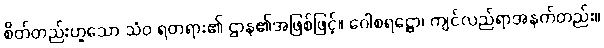
စိတ်တည်းဟူသော သံဝ ရတရား၏ ဌာန၏အဖြစ်ဖြင့်။ ဂေါစရဋ္ဌော၊ ကျင်လည်ရာအနက်တည်း။